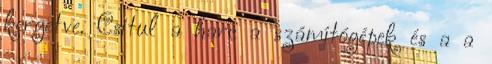
kergetve. Csitul a harc a számítógépek és a a